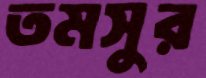
তমসুর